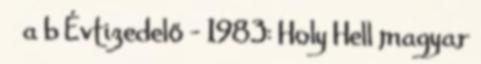
↑ a b Évtizedelő - 1983: Holy Hell magyar